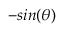
- s i n ( \theta )